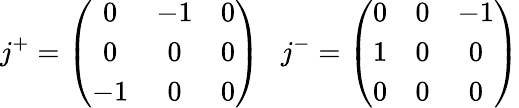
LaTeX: j^{+}=\left(\begin{array}{ccc}{{0}}&{{-1}}&{{0}}\\ {{0}}&{{0}}&{{0}}\\ {{-1}}&{{0}}&{{0}}\end{array}\right)~~~j^{-}=\left(\begin{array}{ccc}{{0}}&{{0}}&{{-1}}\\ {{1}}&{{0}}&{{0}}\\ {{0}}&{{0}}&{{0}}\end{array}\right)